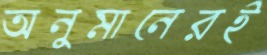
অনুমানেরই